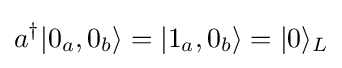
a^{\dagger }|0_{a},0_{b}\rangle =|1_{a},0_{b}\rangle =|0\rangle _{L}